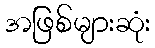
အဖြစ်များဆုံး